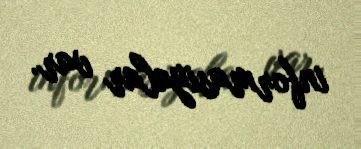
informasiyalar var.